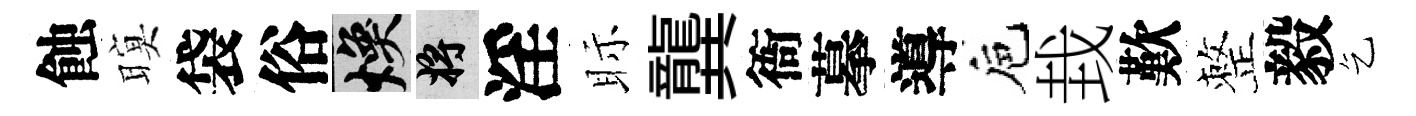
蝕暝袋俗焕將淫眎龔衙摹導巵㘽歎整毅乞